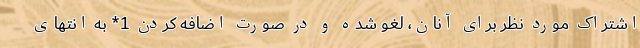
اشتراک مورد نظر برای آنان، لغو شده و در صورت اضافه کردن 1* به انتهای